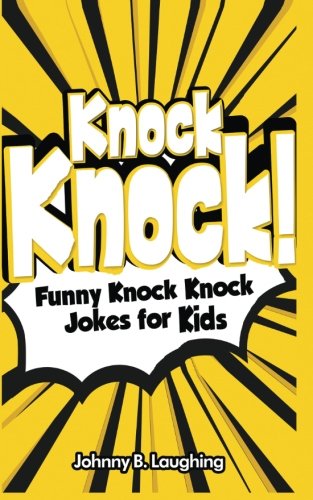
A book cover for Knock Knock!: Funny Knock Knock Jokes for Kids (Funny Jokes for Kids); Johnny B. Laughing; Children's Books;